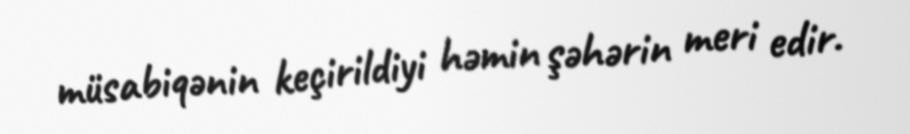
müsabiqənin keçirildiyi həmin şəhərin meri edir.